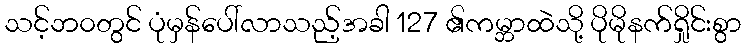
သင့်ဘ၀တွင် ပုံမှန်ပေါ်လာသည့်အခါ 127 ၏ကမ္ဘာထဲသို့ ပိုမိုနက်ရှိုင်းစွာ